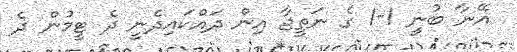
އޭނާ ބުނީ 1-1 ގެ ނަތީޖާ އިން ދައްކައިދެނީ ދެ ޓީމުން ދެ